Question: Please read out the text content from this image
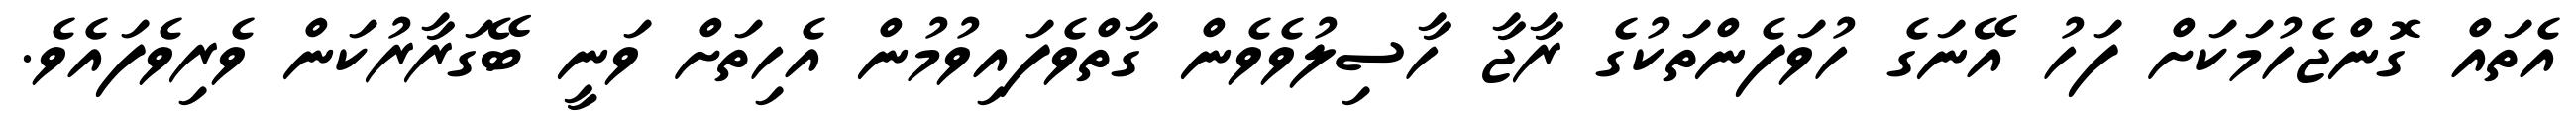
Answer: އެތައް ގޮންޖެހުމަކަށް ފަހު އޭނަގެ ހުވަފެންތަކުގެ ރާޖާ ހާސިލުވެވެން ގާތްވެފައިވުމުން އެހިތަށް ވަނީ ބޭގަރާރުކަން ވެރިވެފައެވެ.